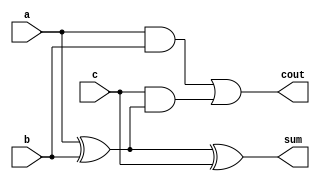
`timescale 1ns/1ps
module full_adder(sum,cout,a,b,c);
  input a,b,c;
  output sum,cout;
  
  assign sum = a ^b^c;
  assign cout = ((a&b) |(c&(a^b)));
  
endmodule


//Testbench
`timescale 1ns/1ps
module full_adder_tb();
  reg a,b,c;
  wire sum,cout;
  full_adder fa1(.a(a),.b(b),.c(c),.sum(sum),.cout(cout));
  
  initial begin
    $monitor($time," a=%b b=%b c=%b sum=%b carry=%b",a,b,c,sum,cout);
     a=0; b=0; c=0;
    #10 c=1;
    #10 b=1; c=0;
    #10 c=1;
    #10 a=1; b=0; c=0;
    #10 c=1;
    #10 b=1; c=0;
    #10 c=1;
    #10 $finish;
    $dumpfile("fa_tb.vcd");
    $dumpvars;
   
  end
endmodule